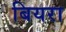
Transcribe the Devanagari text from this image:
बियरा